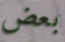
بعض